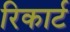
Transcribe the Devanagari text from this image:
रिकार्ट